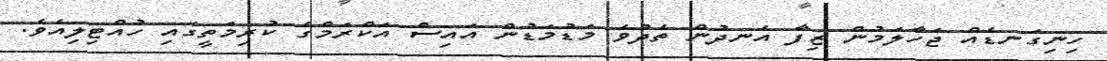
ހިނިގަނޑެއް ޖަހާލަމުން ޒިފާ އެނދުން ތެދުވެ މަޑުމަޑުން އައިސް އަކްރަމްގެ ކުރިމަތީގައި ހުއްޓިލިއެވެ.